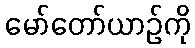
မော်တော်ယာဉ်ကို